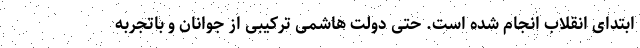
ابتدای انقلاب انجام شده است. حتی دولت هاشمی ترکیبی از جوانان و باتجربه